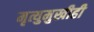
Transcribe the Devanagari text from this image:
मृत्युमुखीही